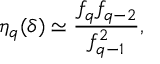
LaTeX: \eta _ { q } ( \delta ) \simeq \frac { f _ { q } f _ { q - 2 } } { f _ { q - 1 } ^ { 2 } } ,